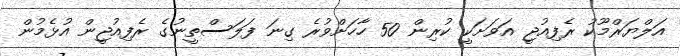
އަލްޔަރްމޫކު ރެފިއުޖީ އަވަށަކީ ކުރިން 50 ހާހަށްވުރެ ގިނަ ފަލަސްތީނުގެ ރެފިއުޖީން އުޅެމުން